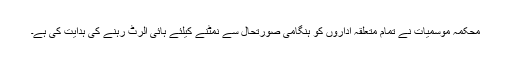
محکمہ موسمیات نے تمام متعلقہ اداروں کو ہنگامی صورتحال سے نمٹنے کیلئے ہائی الرٹ رہنے کی ہدایت کی ہے۔